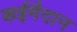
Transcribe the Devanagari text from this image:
कईमैदान